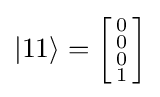
|11\rangle ={\biggl [}{\begin{smallmatrix}0\\0\\0\\1\end{smallmatrix}}{\biggr ]}